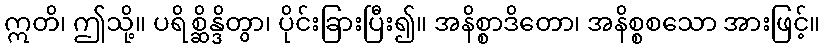
ဣတိ၊ ဤသို့။ ပရိစ္ဆိန္ဒိတွာ၊ ပိုင်းခြားပြီး၍။ အနိစ္စာဒိတော၊ အနိစ္စစသော အားဖြင့်။